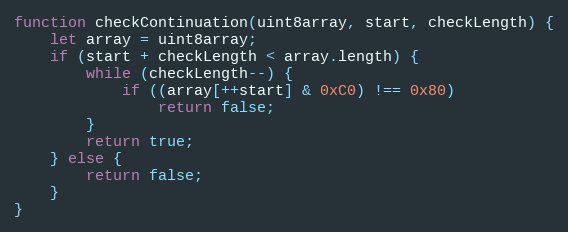
Language: JavaScript
function checkContinuation(uint8array, start, checkLength) {
    let array = uint8array;
    if (start + checkLength < array.length) {
        while (checkLength--) {
            if ((array[++start] & 0xC0) !== 0x80)
                return false;
        }
        return true;
    } else {
        return false;
    }
}